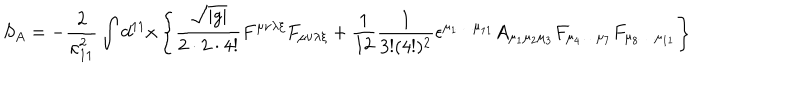
LaTeX: S _ { A } = - \frac { 2 } { \kappa _ { 1 1 } ^ { 2 } } \int d ^ { 1 1 } x \left\{ \frac { \sqrt { | g | } } { 2 \cdot 2 \cdot 4 ! } F ^ { \mu \nu \lambda \xi } F _ { \mu \nu \lambda \xi } + \frac { 1 } { 1 2 } \frac { 1 } { 3 ! ( 4 ! ) ^ { 2 } } \epsilon ^ { \mu _ { 1 } \ldots \mu _ { 1 1 } } A _ { \mu _ { 1 } \mu _ { 2 } \mu _ { 3 } } F _ { \mu _ { 4 } \ldots \mu _ { 7 } } F _ { \mu _ { 8 } \ldots \mu _ { 1 1 } } \right\}